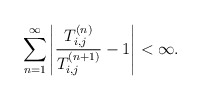
\begin{align*}\sum_{n=1}^\infty \left|\frac{T_{i,j}^{(n)}}{T_{i,j}^{(n+1)}}-1\right|<\infty.\end{align*}